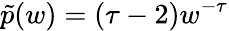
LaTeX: \tilde{p}(w)=(\tau-2)w^{-\tau}